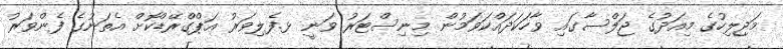
މަޖިލިހުގެ މިއަދުގެ ޖަލްސާގައި ވާހަކަދައްކަވަމުން މިނިސްޓަރު ވަނީ ޅ.ފެލިވަރު އަޕްގްރޭޑްކޮށް އެތަނުގެ ފެންވަރު